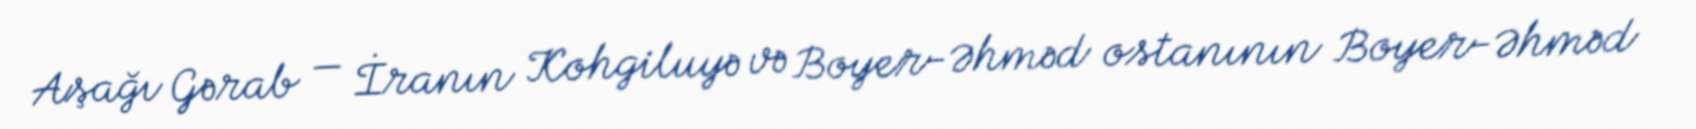
Aşağı Gərab — İranın Kohgiluyə və Boyer-Əhməd ostanının Boyer-Əhməd